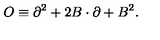
O \equiv \partial ^ { 2 } + 2 B \cdot \partial + B ^ { 2 } .